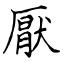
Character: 厭